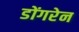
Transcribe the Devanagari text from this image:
डोंगरेन